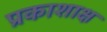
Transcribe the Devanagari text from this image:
प्रकाशाक्ष